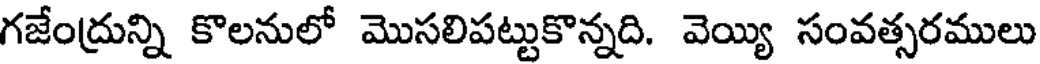
గజేంద్రున్ని కొలనులో మొసలిపట్టుకొన్నది. వెయ్యి సంవత్సరములు